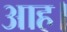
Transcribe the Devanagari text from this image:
आह।